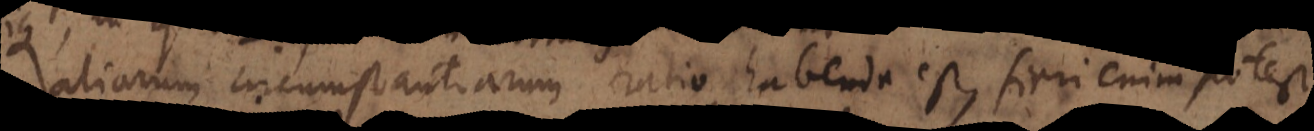
aliarum circumstantiarum ratio habenda est, ut minus vitium